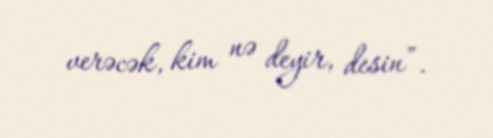
verəcək, kim nə deyir, desin”.